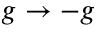
g \to - g